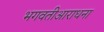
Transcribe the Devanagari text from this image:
भगवतीआराधना